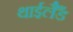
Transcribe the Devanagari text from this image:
थाईलैँड